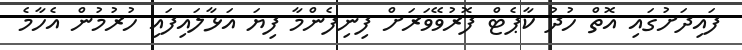
ފައިދަށުގައި އޮތް ހުދު ކާޕެޓް ފޮރުވޭވަރަށް ފިނިފެންމާ ފިޔަ އަޅާލައިފައި ހުރުމުން އެހާމެ